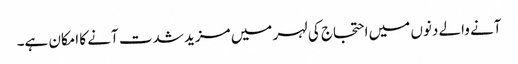
آنے والے دنوں میں احتجاج کی لہر میں مزید شدت آنے کا امکان ہے۔